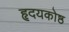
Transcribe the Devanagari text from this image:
हृदयकोष्ठ